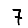
Digit: 7